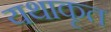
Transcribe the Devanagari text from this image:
यथाकृत